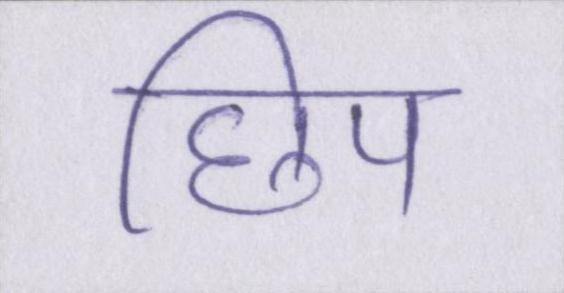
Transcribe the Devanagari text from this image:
छिप